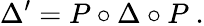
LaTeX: \Delta^{\prime}=P\circ\Delta\circ P~.